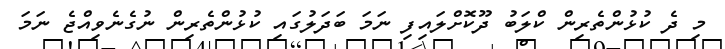
މި ދެ ކުޅުންތެރިން ކްލަބު ދޫކޮށްލައިފި ނަމަ ބަދަލުގައި ކުޅުންތެރިން ނުގެނެވިއްޖެ ނަމަ